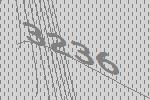
3236